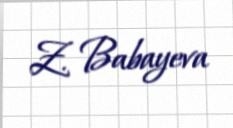
Z. Babayeva